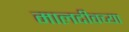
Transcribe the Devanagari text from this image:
मालदीवच्या